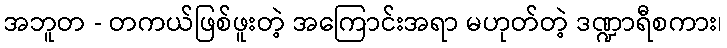
အဘူတ - တကယ်ဖြစ်ဖူးတဲ့ အကြောင်းအရာ မဟုတ်တဲ့ ဒဏ္ဍာရီစကား၊